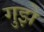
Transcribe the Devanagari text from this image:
गुझे